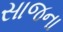
સાજના